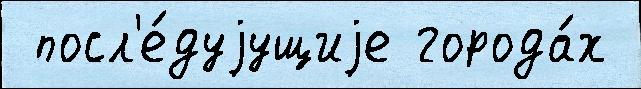
 посл'е́дуjущиjе города́х